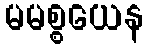
မမစ္စယေန